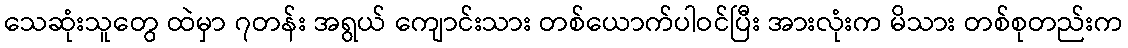
သေဆုံးသူတွေ ထဲမှာ ၇တန်း အရွယ် ကျောင်းသား တစ်ယောက်ပါဝင်ပြီး အားလုံးက မိသား တစ်စုတည်းက